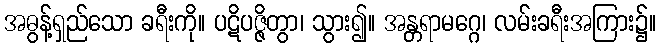
အဓွန့်ရှည်သော ခရီးကို။ ပဋိပဇ္ဇိတွာ၊ သွား၍။ အန္တရာမဂ္ဂေ၊ လမ်းခရီးအကြား၌။